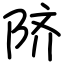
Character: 𬯀